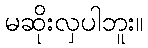
မဆိုးလှပါဘူး။